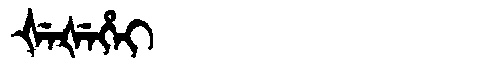
Manchu: ᡧᡝᡧᡝᡥᡝᡳ
Romanization: ŠEŠEHEI